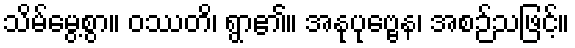
သိမ်မွေ့စွာ။ ဝဿတိ၊ ရွာ၏။ အနုပုဗ္ဗေန၊ အစဉ်သဖြင့်။